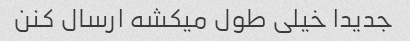
جدیدا خیلی طول میکشه ارسال کنن